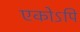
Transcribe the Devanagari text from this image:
एकोऽपि